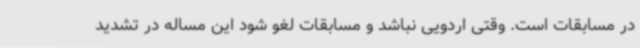
در مسابقات است. وقتی اردویی نباشد و مسابقات لغو شود این مساله در تشدید